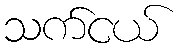
သက်ငယ်